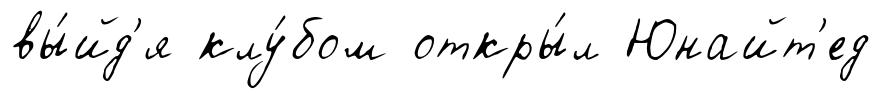
вы́йд'я клу́бом откры́л Юнайт'ед